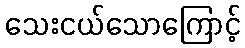
သေးငယ်သောကြောင့်